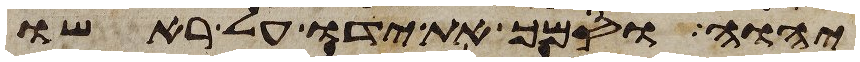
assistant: יהוה וסמך את ידו על ראשו